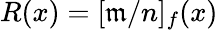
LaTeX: R(x)=[\mathfrak{m}/n]_{f}(x)